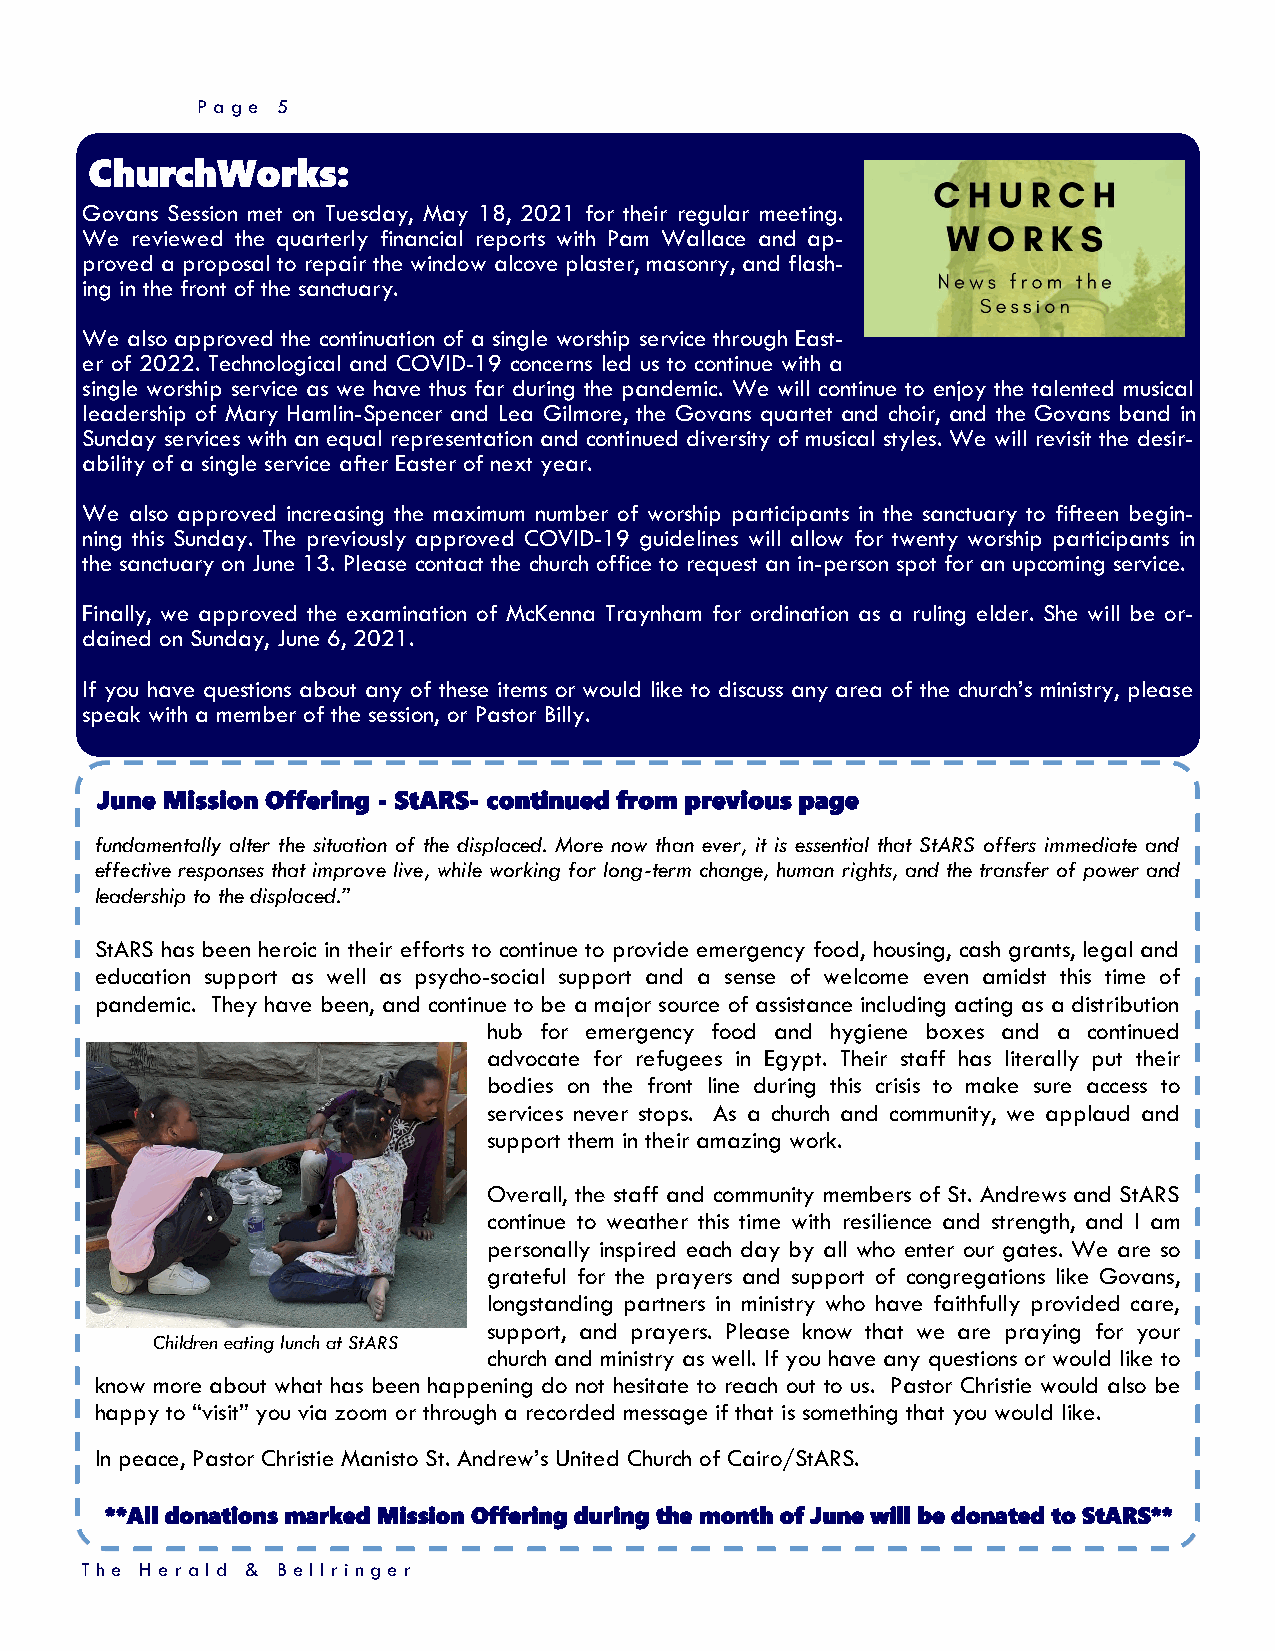
Page 5
 ChurchWorks:
 Govans Session met on Tuesday, May 18, 2021 for their regular meeting.
 We  reviewed the quarterly financial reports with Pam Wallace and ap-
 proved a proposal to repair the window alcove plaster, masonry, and flash-
 in g in the front of the sanctuary.
 We also approved the continuation of a single worship service through East-
 er of 2022. Technological and COVID-19 concerns led us to continue with a
 single worship service as we have thus far during the pandemic. We will continue to enjoy the talented musical
 leadership of Mary Hamlin-Spencer and Lea Gilmore, the Govans quartet and choir, and the Govans band in
 Sunday services with an equal representation and continued diversity of musical styles. We will revisit the desir-
 ability of a single service after Easter of next year.
 We  also approved increasing the maximum number of worship participants in the sanctuary to fifteen begin-
 ning this Sunday. The previously approved COVID-19 guidelines will allow for twenty worship participants in
 the sanctuary on June 13. Please contact the church office to request an in-person spot for an upcoming service.
 Finally, we approved the examination of McKenna Traynham for ordination as a ruling elder. She will be or-
 dained on Sunday, June 6, 2021.
 If you have questions about any of these items or would like to discuss any area of the church’s ministry, please
 speak with a member of the session, or Pastor Billy.
 June Mission Offering - StARS- continued from previous page
 fundamentally alter the situation of the displaced. More now than ever, it is essential that StARS offers immediate and
 effective responses that improve live, while working for long-term change, human rights, and the transfer of power and
 leadership to the displaced.”
 StARS has been heroic in their efforts to continue to provide emergency food, housing, cash grants, legal and
 education support as well as psycho-social support and a sense of welcome even amidst this time of
 pandemic. They have been, and continue to be a major source of assistance including acting as a distribution
 hub for emergency food and hygiene boxes and a continued
 advocate for refugees in Egypt. Their staff has literally put their
 bodies on the front line during this crisis to make sure access to
 services never stops. As a church and community, we applaud and
 support them in their amazing work.
 Overall, the staff and community members of St. Andrews and StARS
 continue to weather this time with resilience and strength, and I am
 personally inspired each day by all who enter our gates. We are so
 grateful for the prayers and support of congregations like Govans,
 longstanding partners in ministry who have faithfully provided care,
 support, and prayers. Please know that we are praying for your
 Children eating lunch at StARS
 church and ministry as well. If you have any questions or would like to
 know more about what has been happening do not hesitate to reach out to us. Pastor Christie would also be
 happy to “visit” you via zoom or through a recorded message if that is something that you would like.
 In peace, Pastor Christie Manisto St. Andrew’s United Church of Cairo/StARS.
 **All donations marked Mission Offering during the month of June will be donated to StARS**
 T h e H erald & Bellrin ger